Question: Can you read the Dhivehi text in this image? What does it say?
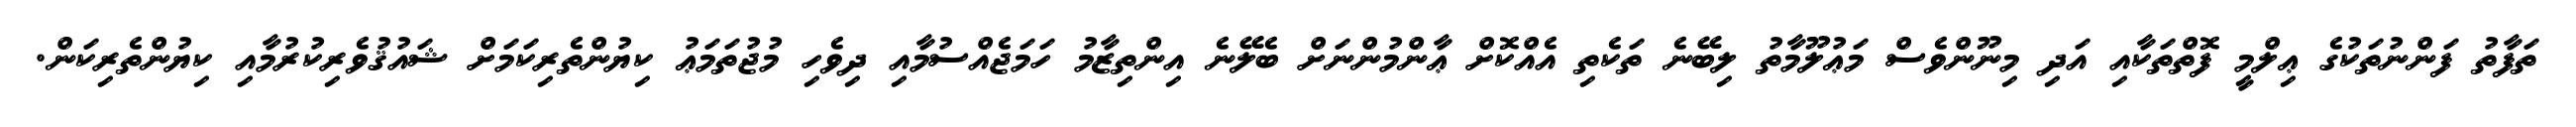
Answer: ތަފާތު ފަންނުތަކުގެ ޢިލްމީ ފޮތްތަކާއި އަދި މިނޫންވެސް މަޢުލޫމާތު ލިބޭނެ ތަކެތި އެއްކޮށް ޢާންމުންނަށް ބެލޭނެ އިންތިޒާމު ހަމަޖެއްސުމާއި ދިވެހި މުޖުތަމަޢު ކިޔުންތެރިކަމަށް ޝައުޤުވެރިކުރުމާއި ކިޔުންތެރިކަން.